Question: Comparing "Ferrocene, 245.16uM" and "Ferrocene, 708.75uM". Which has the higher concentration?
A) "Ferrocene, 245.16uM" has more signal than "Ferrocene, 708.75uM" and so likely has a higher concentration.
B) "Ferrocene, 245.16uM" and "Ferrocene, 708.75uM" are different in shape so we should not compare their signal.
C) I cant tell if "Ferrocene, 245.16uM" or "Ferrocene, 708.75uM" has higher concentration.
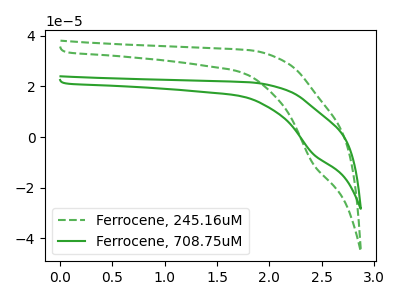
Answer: <think>The green dashed curve "Ferrocene, 245.16uM" has a cathodic peak at: (2.40V, -10.55uA). The green curve "Ferrocene, 708.75uM" has a cathodic peak at: (2.40V, -6.65uA).
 All the peaks in "Ferrocene, 245.16uM" have a peak in "Ferrocene, 708.75uM" at the same potential. Every peak in "Ferrocene, 245.16uM" is higher than every peak in "Ferrocene, 708.75uM".</think>
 <answer>A) "Ferrocene, 245.16uM" has more signal than "Ferrocene, 708.75uM" and so likely has a higher concentration.</answer>
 <eval>A</eval>